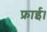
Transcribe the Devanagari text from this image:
फ्राई।